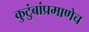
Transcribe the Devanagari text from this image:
कुटुंबांप्रमाणेच